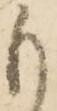
も